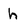
Character: h